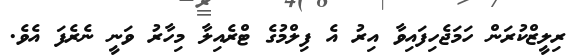
ރިލީޒްކުރަން ހަމަޖެހިފައިވާ އިރު އެ ފިލްމުގެ ޓްރެއިލާ މިހާރު ވަނީ ނެރެފަ އެވެ.